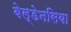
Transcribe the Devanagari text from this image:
बेल्डेनसिया